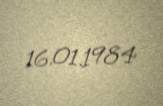
16.01.1984